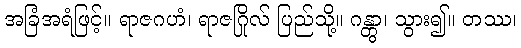
အခြံအရံဖြင့်။ ရာဇဂဟံ၊ ရာဇဂြိုလ် ပြည်သို့။ ဂန္တွာ၊ သွား၍။ တဿ၊